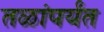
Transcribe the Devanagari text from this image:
तळांपर्यंत